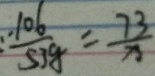
\frac { . 1 0 6 } { 5 3 g } = \frac { 7 3 } { x }